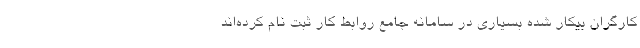
کارگران بیکار شده بسیاری در سامانه جامع روابط کار ثبت نام کرده‌اند